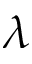
\lambda